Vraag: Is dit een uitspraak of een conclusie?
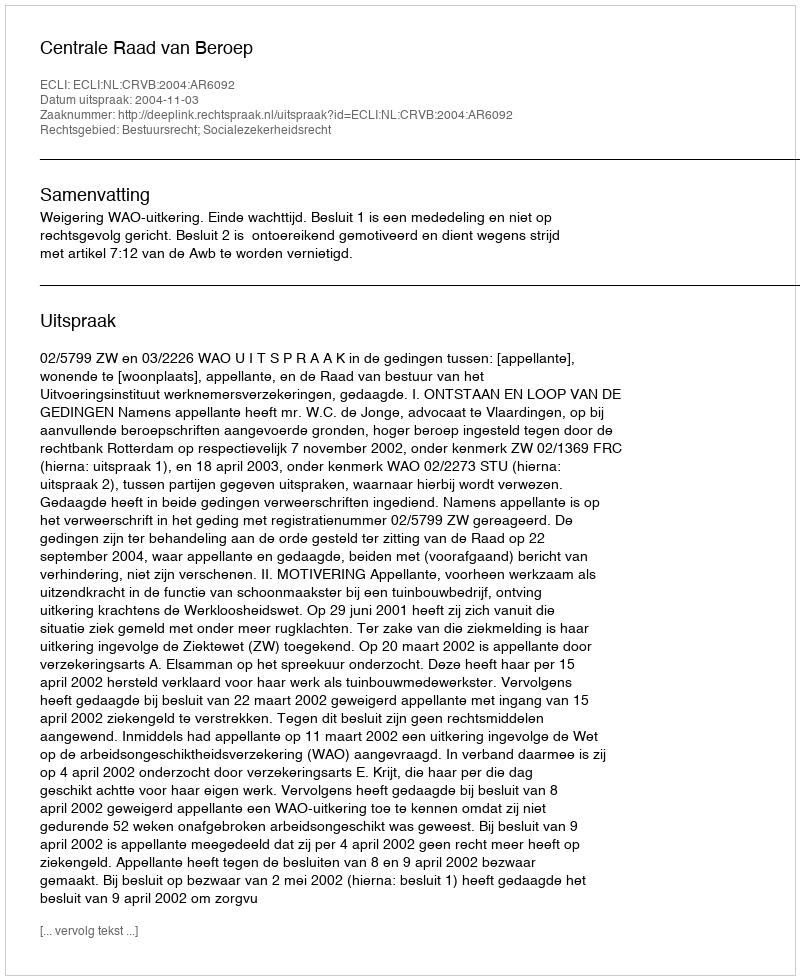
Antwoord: Uitspraak